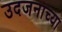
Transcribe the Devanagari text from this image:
उदजनाच्या